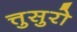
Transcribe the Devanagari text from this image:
त्तुसुरो